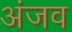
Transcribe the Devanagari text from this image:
अंजव